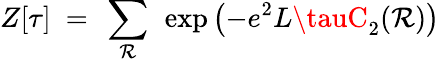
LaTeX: Z[\tau]~=~\sum_{\mathcal{R}}~\exp\left(-e^{2}L\tauC_{2}(\mathcal{R})\right)